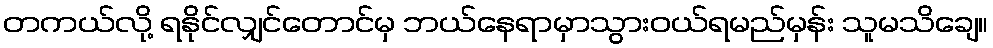
တကယ်လို့ ရနိုင်လျှင်တောင်မှ ဘယ်နေရာမှာသွားဝယ်ရမည်မှန်း သူမသိချေ။